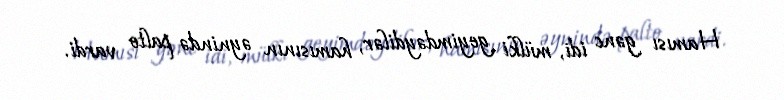
Hamısı gənc idi, mülki geyimdəydilər, hamısının əynində palto vardi.